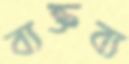
ব্যক্তব্য